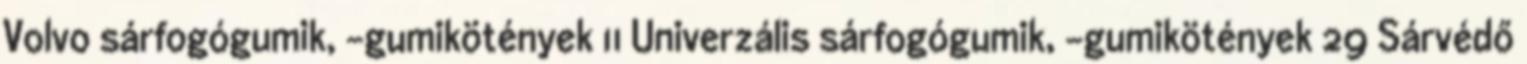
Volvo sárfogógumik, -gumikötények 11 Univerzális sárfogógumik, -gumikötények 29 Sárvédő